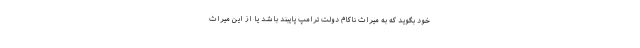
خود بگوید که به میراث ناکام دولت ترامپ پایبند باشد یا از این میراث